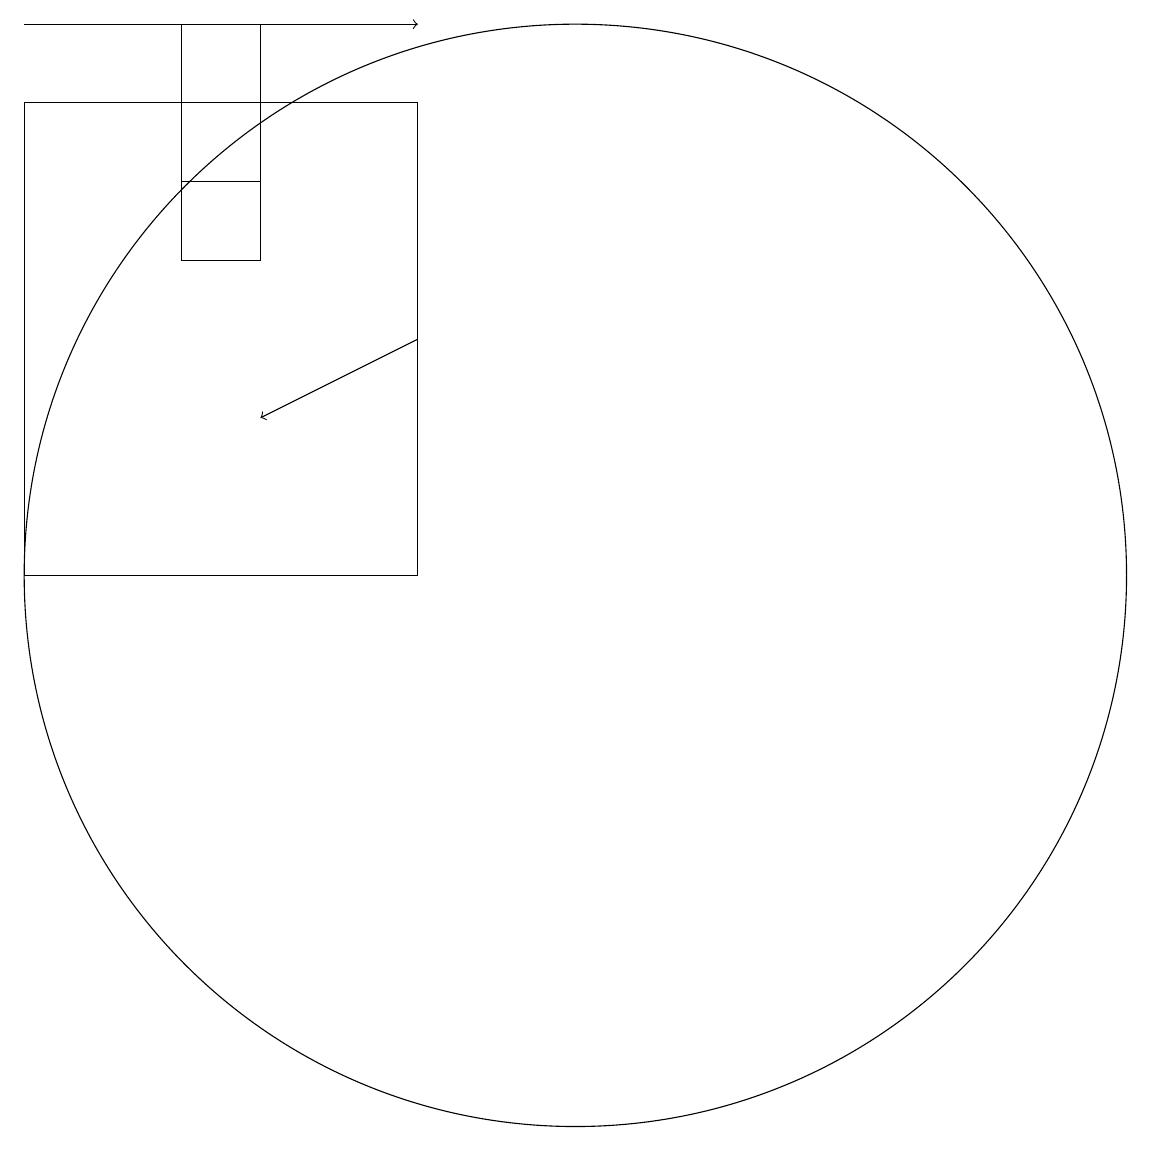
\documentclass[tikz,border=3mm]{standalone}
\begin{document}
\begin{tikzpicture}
\draw[->] (8,14) -- (6,13);
\draw[->] (3,18) -- (8,18);
\draw (6,16) rectangle (5,15);
\draw (10,11) circle (7);
\draw (3,11) rectangle (8,17);
\draw (5,15) rectangle (6,18);
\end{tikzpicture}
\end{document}